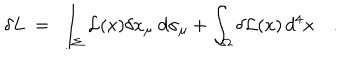
\delta L ~ = ~ \int _ { \Sigma } { \cal L } ( x ) \delta x _ { \mu } ~ d \sigma _ { \mu } + \int _ { \Omega } \delta { \cal L } ( x ) \, d ^ { 4 } x \quad .